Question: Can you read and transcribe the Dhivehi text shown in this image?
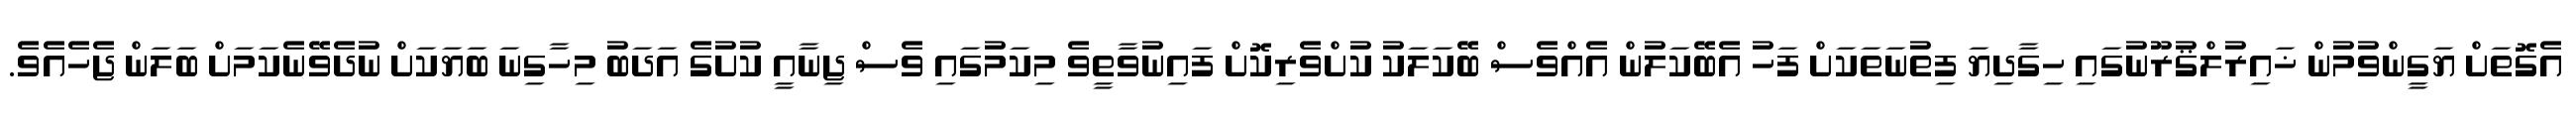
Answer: އެގޮތަށް ޔަގީންވުމުން ޚައިރުލްޤުރޫނުގައި ހިގާދިޔަ ފިތުނަތަކަށް ފަހު އެބޭކަލުން އެއްވެސް ބޭކަލަކު ކުށްވެރިކޮށް ފައިނުވާތީވެ މިކަމުގައި ވެސް ޖިނާއީ ކުށުގެ އަދަބު މިހާގިނަ ބަޔަކަށް ނުދެވޭނެކަމަށް ބަލަން ޖެހެއެވެ.